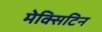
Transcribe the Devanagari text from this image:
मेक्सिटिन